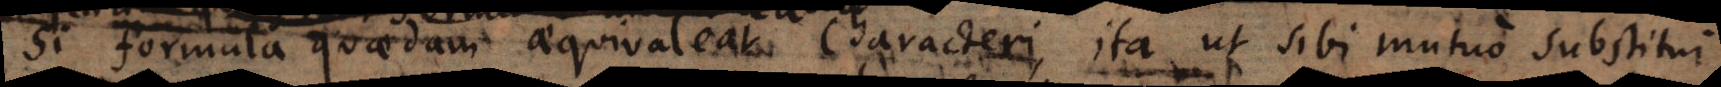
Si formula quaedam aequivaleat characteri, ita ut sibi mutuo substitui